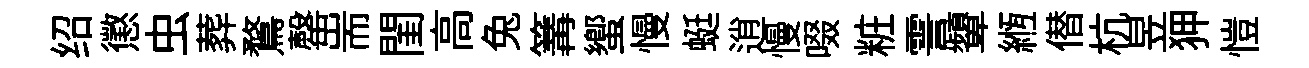
绍懲虫葬鶩罄耑閨高兔篝蠁慢蜓逍慢啜粧霅顰縆僣杭昱狎愷